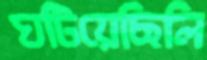
ঘটিয়েছিলি